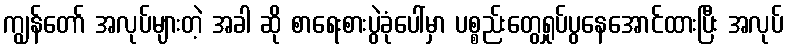
ကျွန်တော် အလုပ်များတဲ့ အခါ ဆို စာရေးစားပွဲခုံပေါ်မှာ ပစ္စည်းတွေရှုပ်ပွနေအောင်ထားပြီး အလုပ်